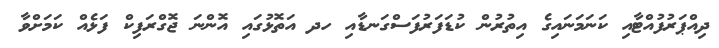
ދިއްޕަރުފުއްޓާއި ކަނަމަނައިގެ އިތުރުން ކުޑަފަރުފަސްގަނޑާއި ހދ އަތޮޅުގައި އޮންނަ ޖޮގްރަފިކް ފަޅެއް ކަމަށްވާ